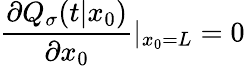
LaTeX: \frac{\partial Q_{\sigma}(t|x_{0})}{\partial x_{0}}|_{x_{0}=L}=0